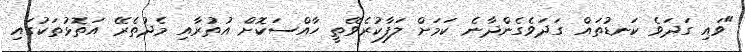
"ވައި ގަދަވެ ކަނޑުތައް ގަދަވެގެންދާނެ ކަމަށް ލަފާކުރެވޭތީ ހާއްސަކޮށް އުތުރާއި މެދުތެރޭ އަތޮޅުތަކުގައި